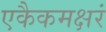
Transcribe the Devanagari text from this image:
एकैकमक्षरं